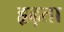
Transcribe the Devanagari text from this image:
हृढ़ता